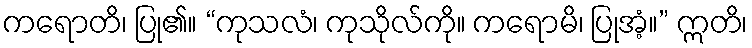
ကရောတိ၊ ပြု၏။ “ကုသလံ၊ ကုသိုလ်ကို။ ကရောမိ၊ ပြုအံ့။” ဣတိ၊